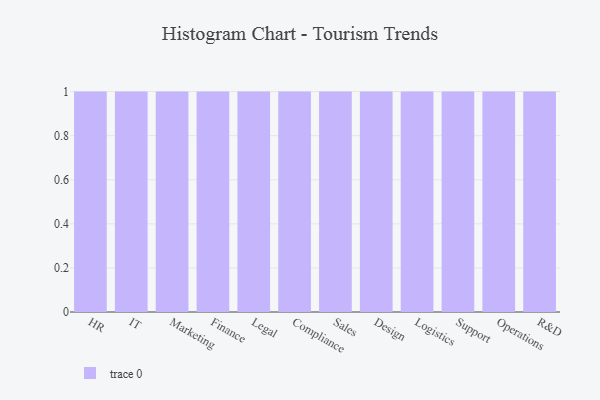
{"axis": {"x": "Department", "y": "Temperature (°C)"}, "legend": [""], "data": [{"x": "HR", "y": 62, "type": ""}, {"x": "IT", "y": 96, "type": ""}, {"x": "Marketing", "y": 71, "type": ""}, {"x": "Finance", "y": 21, "type": ""}, {"x": "Legal", "y": 24, "type": ""}, {"x": "Compliance", "y": 49, "type": ""}, {"x": "Sales", "y": 15, "type": ""}, {"x": "Design", "y": 11, "type": ""}, {"x": "Logistics", "y": 55, "type": ""}, {"x": "Support", "y": 98, "type": ""}, {"x": "Operations", "y": 16, "type": ""}, {"x": "R&D", "y": 54, "type": ""}]}